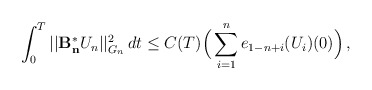
\begin{align*} \displaystyle{\int_0^T ||\mathcal{\mathbf{B^{\ast}_{n}}}U_n||_{G_{n}}^2 \,dt \le C(T) \Big( \sum_{i=1}^{n} e_{1-n+i}(U_{i})(0) \Big) \,,} \end{align*}